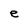
Character: e